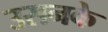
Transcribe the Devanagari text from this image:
उसनके